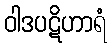
ဝါဒပဋိဟာရံ